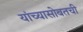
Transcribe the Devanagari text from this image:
यांच्यासोबतची